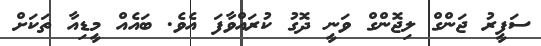
ސަފީރު ޖަންގް ލިޖޮންގް ވަނީ ދޮގު ކުރައްވާފަ އެވެ. ބައެއް މީޑިއާ ތަކަށް